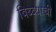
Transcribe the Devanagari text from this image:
बिब्ब्याची